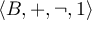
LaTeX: \langle B , + , \lnot , 1 \rangle